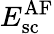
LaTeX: E_{\mathrm{sc}}^{\mathrm{AF}}